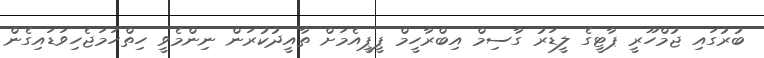
ބުރުގައި ޖުމްހޫރީ ޕާޓީގެ ލީޑަރު ގާސިމް އިބްރާހީމް ޕީޕީއެމަށް ތާއީދުކުރަން ނިންމެވީ ހިތްހަމަޖެހިވަޑައިގެން